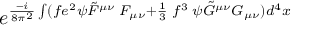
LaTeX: e ^ { { \frac { - i } { 8 \pi ^ { 2 } } } \int ( f e ^ { 2 } \psi \tilde { F } ^ { \mu \nu } \; F _ { \mu \nu } + { \frac { 1 } { 3 } } \; f ^ { 3 } \; \psi \tilde { G } ^ { \mu \nu } G _ { \mu \nu } ) d ^ { 4 } x }